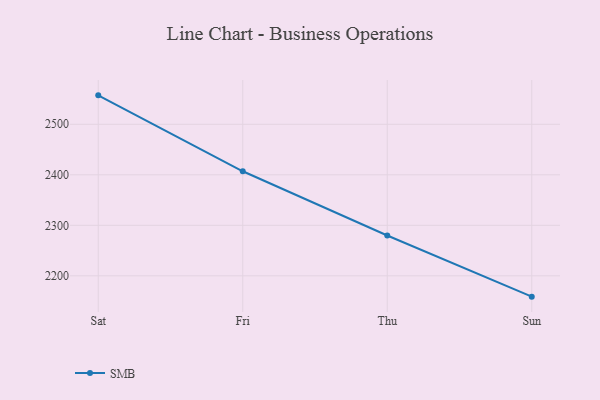
{"axis": {"x": "Day", "y": "Operating Costs (USD K)"}, "legend": ["SMB"], "data": [{"x": "Sat", "y": 2557.3, "type": "SMB"}, {"x": "Fri", "y": 2407.0, "type": "SMB"}, {"x": "Thu", "y": 2279.9, "type": "SMB"}, {"x": "Sun", "y": 2158.8, "type": "SMB"}]}